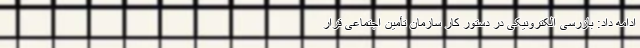
ادامه داد: بازرسی الکترونیکی در دستور کار سازمان تأمین اجتماعی قرار